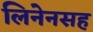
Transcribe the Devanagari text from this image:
लिनेनसह